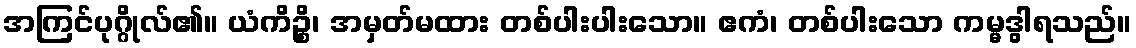
အကြင်ပုဂ္ဂိုလ်၏။ ယံကိဉ္စိ၊ အမှတ်မထား တစ်ပါးပါးသော။ ဧကံ၊ တစ်ပါးသော ကမ္မဒွါရသည်။